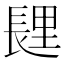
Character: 𰿏